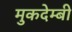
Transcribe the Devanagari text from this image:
मुकदेम्बी